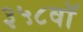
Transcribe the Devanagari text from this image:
३५८वॉ